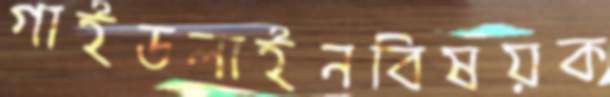
গাইডলাইনবিষয়ক